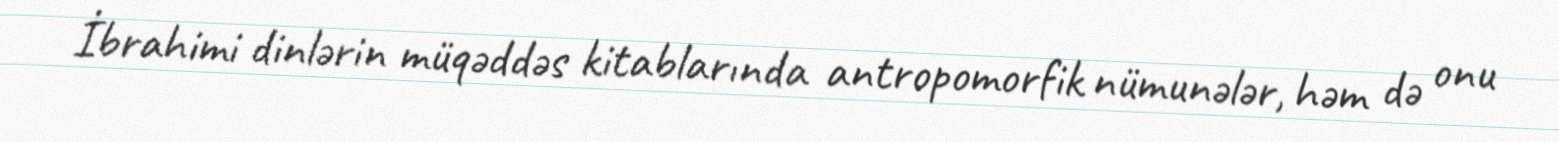
İbrahimi dinlərin müqəddəs kitablarında antropomorfik nümunələr, həm də onu